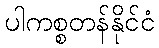
ပါကစ္စတန်နိုင်ငံ